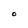
Character: O